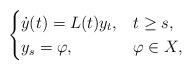
LaTeX: \begin{align*} \begin{cases} \dot{y}(t) = L(t)y_t, &t \geq s, \\ y_s = \varphi, &\varphi \in X, \end{cases}\end{align*}